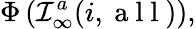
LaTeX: \Phi\left({\cal I}_{\infty}^{a}(i,\mathrm{~a~l~l~})\right),